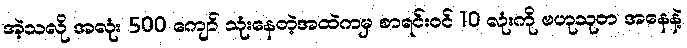
အဲ့သလို အလုံး 500 ကျော် သုံးနေတဲ့အထဲကမှ စာရင်းဝင် 10 လုံးကို ဗဟုသုတ အနေနဲ့